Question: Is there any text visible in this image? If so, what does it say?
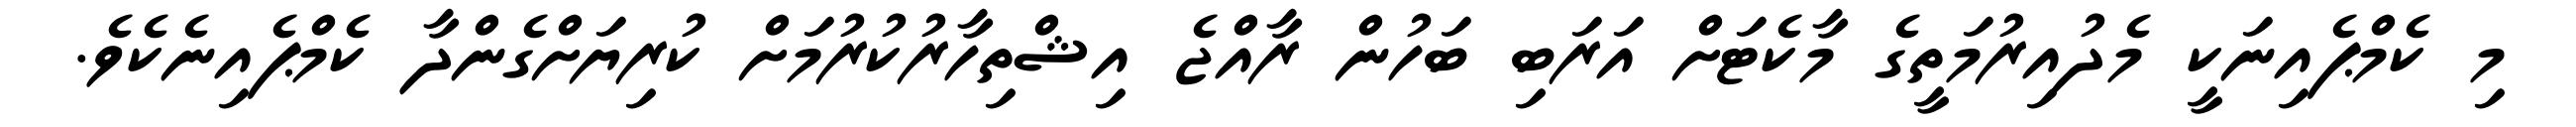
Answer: މި ކެމްޕެއިނަކީ މެދުއިރުމަތީގެ މާކެޓަށް އަރަބި ބަހުން ރާއްޖެ އިޝްތިހާރުކުރުމަށް ކުރިޔަށްގެންދާ ކެމްޕެއިނެކެވެ.